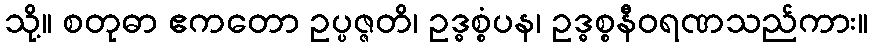
သို့။ စတုဓာ ဧကတော ဥပ္ပဇ္ဇတိ၊ ဥဒ္ဓစ္စံပန၊ ဥဒ္ဓစ္စနီဝရဏသည်ကား။